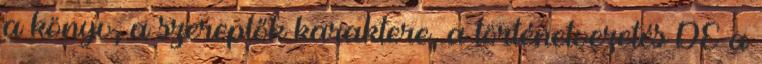
a könyv, a szereplők karaktere, a történetvezetés DE a